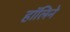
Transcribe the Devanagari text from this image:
हॉलिने